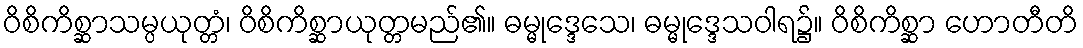
ဝိစိကိစ္ဆာသမ္ပယုတ္တံ၊ ဝိစိကိစ္ဆာယုတ္တမည်၏။ ဓမ္မုဒ္ဒေသေ၊ ဓမ္မုဒ္ဒေသဝါရ၌။ ဝိစိကိစ္ဆာ ဟောတီတိ